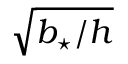
\sqrt { \ensuremath { b _ { \star } } / h }